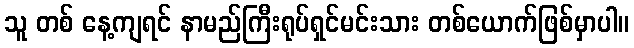
သူ တစ် နေ့ကျရင် နာမည်ကြီးရုပ်ရှင်မင်းသား တစ်ယောက်ဖြစ်မှာပါ။